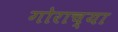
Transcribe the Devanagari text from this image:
गोराच्या